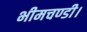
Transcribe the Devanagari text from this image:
भीमचण्डी।